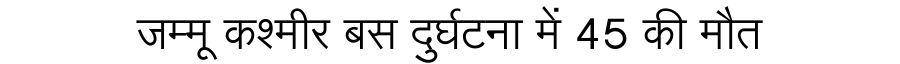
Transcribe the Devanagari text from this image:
जम्मू कश्मीर बस दुर्घटना में 45 की मौत